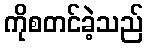
ကိုစတင်ခဲ့သည်